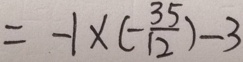
= - 1 \times ( - \frac { 3 5 } { 1 2 } ) - 3